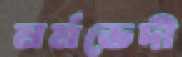
মর্মভেদী